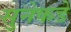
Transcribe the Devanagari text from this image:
सुनेकडे